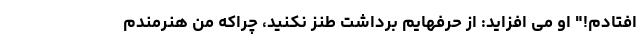
افتادم!" او می افزاید: از حرفهایم برداشت طنز نکنید، چراکه من هنرمندم